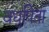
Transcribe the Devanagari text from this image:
वधुपिता